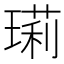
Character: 㻳